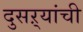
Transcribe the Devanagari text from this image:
दुसऱ्यांची